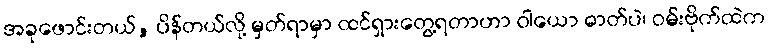
အခုဖောင်းတယ်, ပိန်တယ်လို့ မှတ်ရာမှာ ထင်ရှားတွေ့ရတာဟာ ဝါယော ဓာတ်ပဲ၊ ဝမ်းဗိုက်ထဲက